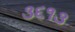
૩૬૧૩